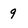
Character: 9